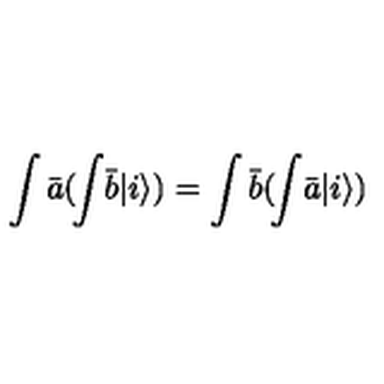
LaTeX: \int { \bar { a } } ( \! \int \! { \bar { b } } | i \rangle ) = \int { \bar { b } } ( \! \int \! { \bar { a } } | i \rangle )